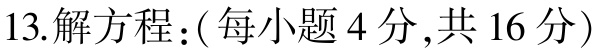
13.解方程：( 每小题 4 分 ,共 16 分 )